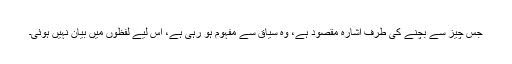
جس چیز سے بچنے کی طرف اشارہ مقصود ہے، وہ سیاق سے مفہوم ہو رہی ہے، اِس لیے لفظوں میں بیان نہیں ہوئی۔